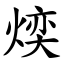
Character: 㷜